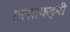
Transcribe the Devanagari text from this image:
ग़लतफहमी